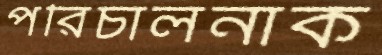
পরিচালনাক